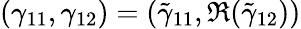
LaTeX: (\gamma_{11},\gamma_{12})=(\tilde{\gamma}_{11},\Re(\tilde{\gamma}_{12}))